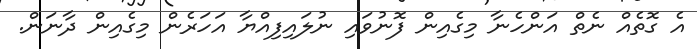
އެ ގޮތެއް ނެތް އަންހެނާ މިގެއިން ފޮނުވައި ނުލައިފިއްޔާ އަހަރެން މިގެއިން ދާނަން.